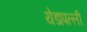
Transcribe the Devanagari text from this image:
येडापल्ली